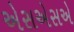
એસએસએ